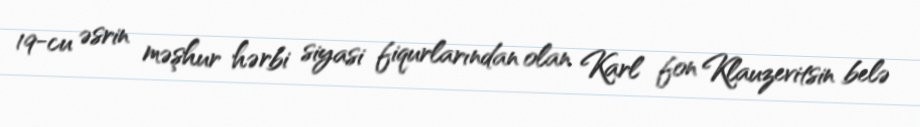
19-cu əsrin məşhur hərbi siyasi fiqurlarından olan Karl fon Klauzevitsin belə